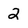
Character: 2